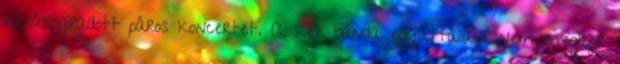
Ricsárdgíradott páros koncertet. A két banda együttállása nem meglepő: